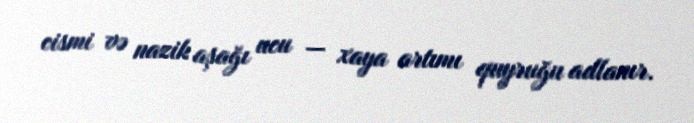
cismi və nazik aşağı ucu — xaya artımı quyruğu adlanır.